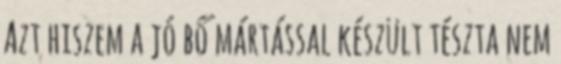
Azt hiszem a jó bő mártással készült tészta nem